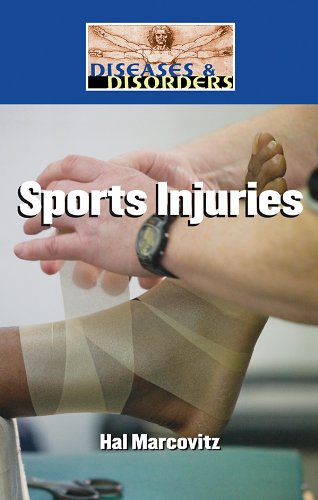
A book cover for Sports Injuries (Diseases & Disorders); Hal Marcovitz; Teen & Young Adult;